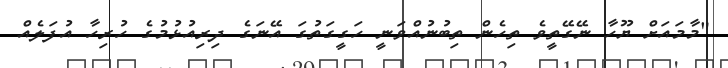
"މާމައަށް ޔޫހާ ނޭގޭތީވެ ތިހެން ތިބުނުއްވަނީ ހަގީގަތުގަ އޭނަގެ ދިރިއުޅުމުގެ ހުރިހާ އުފަލެއް